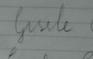
Signature authenticity: forged